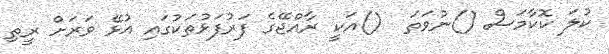
ކުލަ ކޮކާމަސް ()ނުވަތަ  ()އަކީ ރާއްޖޭގެ ފަރުފަޅުތަކުގައި އުޅޭ ވަރަށް ރީތި